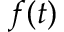
f ( t )